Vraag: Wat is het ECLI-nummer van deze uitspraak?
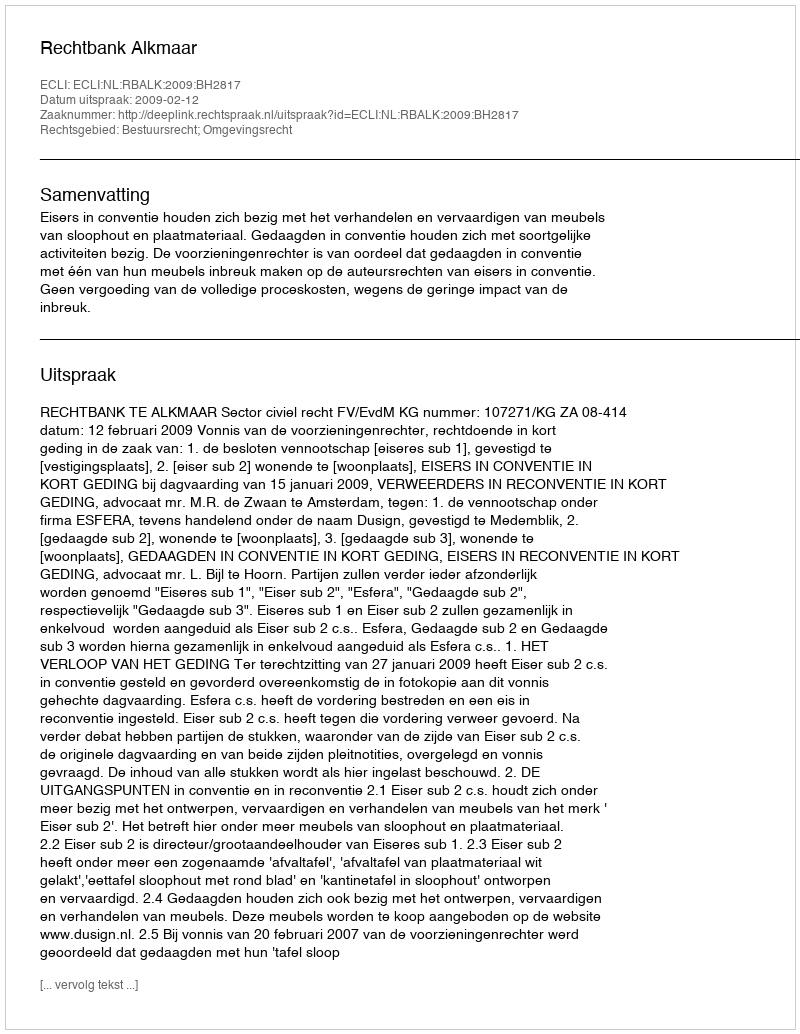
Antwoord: ECLI:NL:RBALK:2009:BH2817